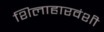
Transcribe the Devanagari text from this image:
शिलाहारवंशी